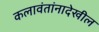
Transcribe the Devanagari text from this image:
कलावंतांनादेखील